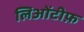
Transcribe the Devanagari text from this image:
लिओंटीफ़